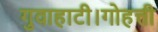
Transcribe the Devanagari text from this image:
गुवाहाटी।गोहत्ती